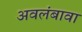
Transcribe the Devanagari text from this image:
अवलंबावा